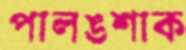
পালঙশাক